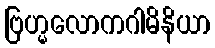
ဗြဟ္မလောကဂါမိနိယာ